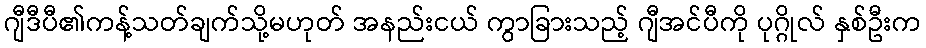
ဂျီဒီပီ၏ကန့်သတ်ချက်သို့မဟုတ် အနည်းငယ် ကွာခြားသည့် ဂျီအင်ပီကို ပုဂ္ဂိုလ် နှစ်ဦးက